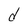
Character: d